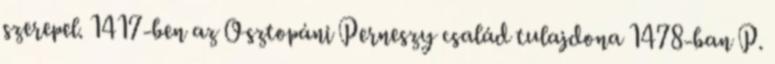
szerepel. 1417-ben az Osztopáni Perneszy család tulajdona 1478-ban P.